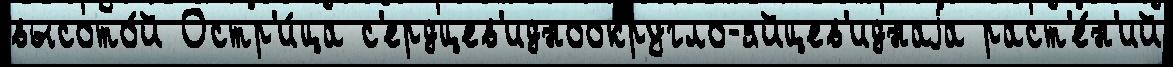
высото́й Остр'и́ца с'ердцев'идноокругло-яйцев'иднаjа раст'е́н'ий